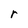
Character: r